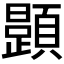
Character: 𲊷